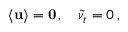
{ \bf { \langle { u } \rangle } } = { \bf { 0 } } \, , \quad \tilde { \nu } _ { t } = 0 \, ,